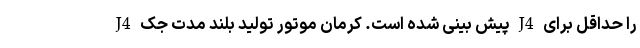
J4 پیش بینی شده است. کرمان موتور تولید بلند مدت جک J4 را حداقل برای